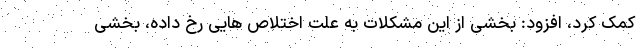
کمک کرد، افزود: بخشی از این مشکلات به علت اختلاص هایی رخ داده، بخشی